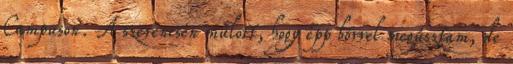
Campuson. A szerencsén múlott, hogy épp bőrrel megúsztam, de